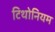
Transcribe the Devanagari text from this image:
टिथोनियम